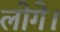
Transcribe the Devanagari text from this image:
लोगे।